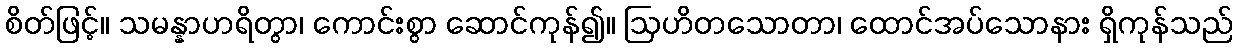
စိတ်ဖြင့်။ သမန္နာဟရိတွာ၊ ကောင်းစွာ ဆောင်ကုန်၍။ ဩဟိတသောတာ၊ ထောင်အပ်သောနား ရှိကုန်သည်